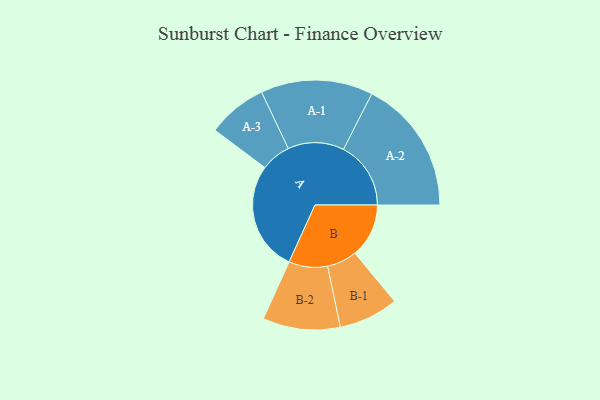
{"axis": {"x": "Segment", "y": "Value"}, "legend": ["", "A", "B"], "data": [{"x": "A", "y": 455, "type": ""}, {"x": "B", "y": 224, "type": ""}, {"x": "A-1", "y": 233, "type": "A"}, {"x": "A-2", "y": 280, "type": "A"}, {"x": "A-3", "y": 124, "type": "A"}, {"x": "B-1", "y": 124, "type": "B"}, {"x": "B-2", "y": 161, "type": "B"}]}